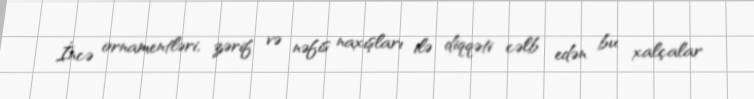
İncə ornamentləri, zərif və nəfis naxışları ilə diqqəti cəlb edən bu xalçalar